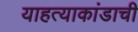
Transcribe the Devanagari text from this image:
याहत्याकांडाची